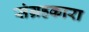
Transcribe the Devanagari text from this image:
संग्रहकारा